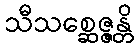
သီသစ္ဆေဇ္ဇန္တိ